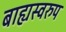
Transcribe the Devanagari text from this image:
बाह्यस्वरुप